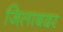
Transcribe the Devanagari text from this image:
जिलाबदर